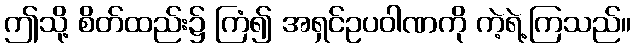
ဤသို့ စိတ်ထည်း၌ ကြံ၍ အရှင်ဥပဝါဏကို ကဲ့ရဲ့ကြသည်။